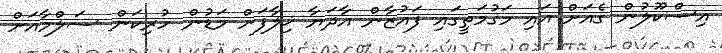
އިސްކޫލުން ގެއަށް އައި މަގުމަތީގައި ފައުޒާން އާދަޔާ ޚިލާފަށް މަޑުން ހުރިކަން ސަލްމާއަށް